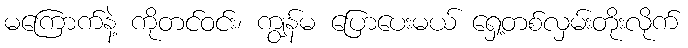
မကြောက်နဲ့ ကိုတင်ဝင်း၊ ကျွန်မ ပြောပေးမယ် ရှေ့တစ်လှမ်းတိုးလိုက်